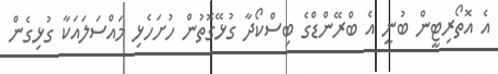
އެ އޮތޯރިޓީން ބުނީ އެ ބްރޭންޑްގެ ބިސްކޯދާ ގުޅޭގޮތުން ހުށަހެޅި މައްސަލައަކާ ގުޅިގެން